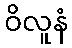
ဝိလူနံ